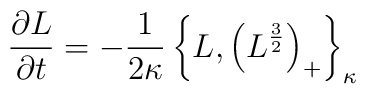
{\partial L\over \partial t} = -{1\over 2\kappa} \left\{L,\left(L^{3\over 2}\right)_{+}\right\}_{\kappa}